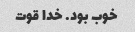
خوب بود. خدا قوت